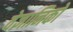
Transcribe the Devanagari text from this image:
वेज्ञानिको